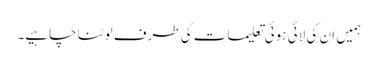
ہمیں ان کی لائی ہوئی تعلیمات کی طرف لوٹنا چاہیے۔